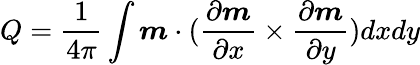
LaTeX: Q=\frac{1}{4\pi}\int\boldsymbol{m}\cdot(\frac{\partial\boldsymbol{m}}{\partial x}\times\frac{\partial\boldsymbol{m}}{\partial y})dxdy